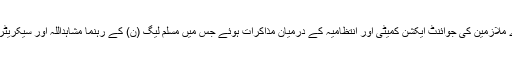
اس سے قبل اسلام آباد میں پی آئی اے ملازمین کی جوائنٹ ایکشن کمیٹی اور انتظامیہ کے درمیان مذاکرات ہوئے جس میں مسلم لیگ (ن) کے رہنما مشاہداللہ اور سیکریٹری سول ایوی ایشن بھی شریک تھے۔